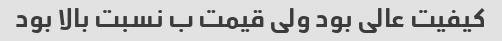
کیفیت عالی بود ولی قیمت ب نسبت بالا بود